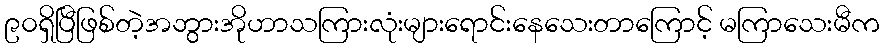
၉၀ရှိပြီဖြစ်တဲ့အဘွားအိုဟာသကြားလုံးများရောင်းနေသေးတာကြောင့် မကြာသေးမီက